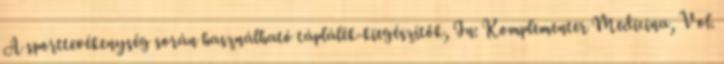
A sporttevékenység során használható táplálék-kiegészítők, In: Komplementer Medicina, Vol.